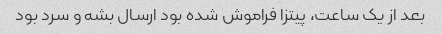
بعد از یک ساعت، پیتزا فراموش شده بود ارسال بشه و سرد بود